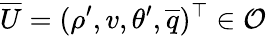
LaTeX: \overline{{U}}=(\rho^{\prime},v,\theta^{\prime},\overline{{q}})^{\top}\in\mathcal{O}